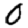
Digit: 0